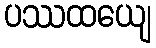
ပဿထယျေ